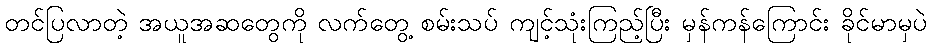
တင်ပြလာတဲ့ အယူအဆတွေကို လက်တွေ့ စမ်းသပ် ကျင့်သုံးကြည့်ပြီး မှန်ကန်ကြောင်း ခိုင်မာမှပဲ